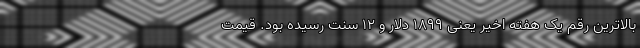
بالاترین رقم یک هفته اخیر یعنی 1899 دلار و 12 سنت رسیده بود. قیمت